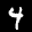
Label: 4